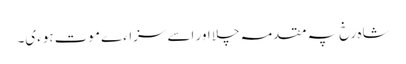
شاہ رخ پہ مقدمہ چلا اور اسے سزاءے موت ہوءی۔